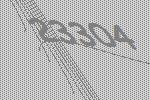
23304